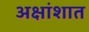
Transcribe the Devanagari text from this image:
अक्षांशात